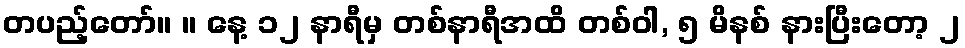
တပည့်တော်။ ။ နေ့ ၁၂ နာရီမှ တစ်နာရီအထိ တစ်ဝါ, ၅ မိနစ် နားပြီးတော့ ၂